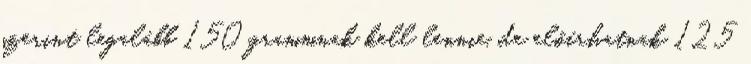
szerint legalább 150 grammnak kell lennie, de előírhatnak 125